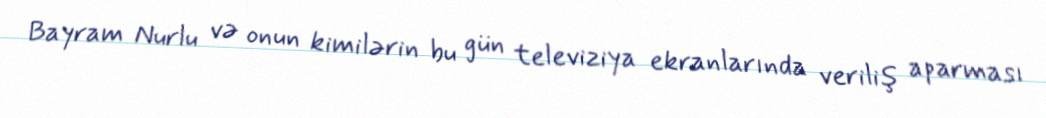
Bayram Nurlu və onun kimilərin bu gün televiziya ekranlarında veriliş aparması